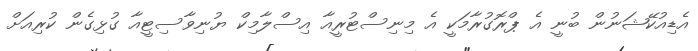
އެޑިއުކޭޝަނުން ބުނީ އެ ޕްރޮގުރާމަކީ އެ މިނިސްޓުރީއާ އިސްލާމިކް ޔުނިވާސިޓީއާ ގުޅިގެން ކުރިއަށް